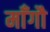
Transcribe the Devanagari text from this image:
माँगौ